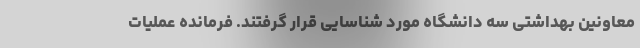
معاونین بهداشتی سه دانشگاه مورد شناسایی قرار گرفتند. فرمانده عملیات